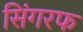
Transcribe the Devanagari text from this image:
सिंगरफ